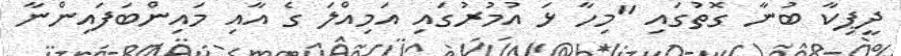
ދީޕިކާ ބުނާ ގޮތުގައި "މިހާ ޅަ އުމުރުގައި އަމިއްލަ ގެ އާއި މައިންބަފައިންނާ